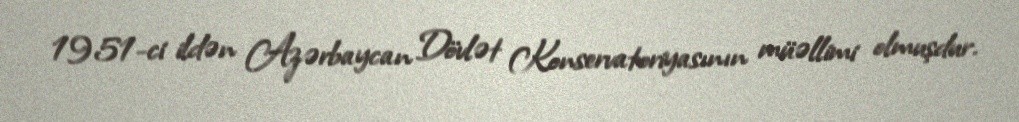
1951-ci ildən Azərbaycan Dövlət Konservatoriyasının müəllimi olmuşdur.